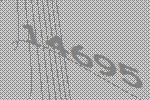
14695